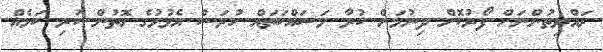
ރައްޔިތުންނަށް ފޯރުކޮށް ދިނުމަށް ކުރާ މަސައްކަތައް ހުރަސް އެޅުމުގެ ގޮތުން ކުރި ކަމެއް